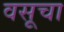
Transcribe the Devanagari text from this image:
वसूचा